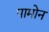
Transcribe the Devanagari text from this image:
पामोन